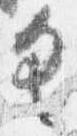
具